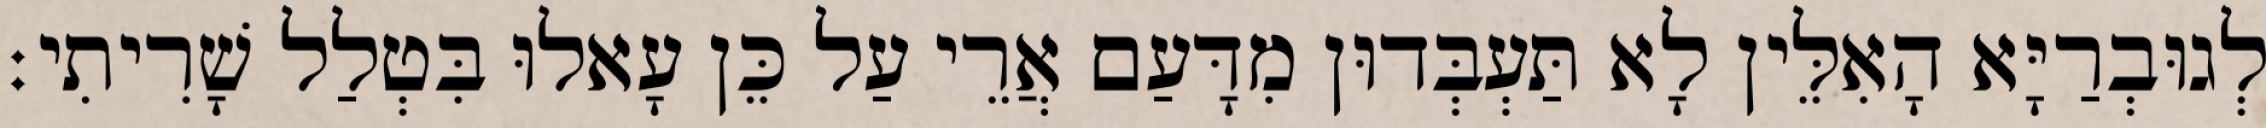
לְגוּבְרַיָּא הָאִלֵּין לָא תַּעְבְּדוּן מִדָּעַם אֲרֵי עַל כֵּן עָאלוּ בִּטְלַל שָׁרִיתִי׃